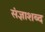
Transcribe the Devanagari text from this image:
संज्ञाशब्द